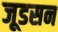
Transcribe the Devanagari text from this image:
जूडसन